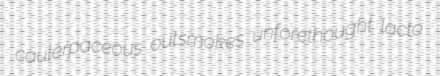
caulerpaceous outsmokes unforethought lacto